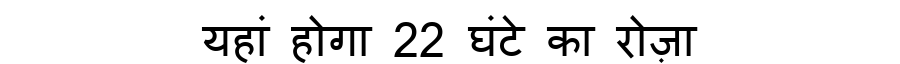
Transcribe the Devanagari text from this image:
यहां होगा 22 घंटे का रोज़ा